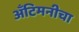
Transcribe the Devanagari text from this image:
अँटिमनीचा